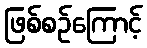
ဖြစ်စဉ်ကြောင့်